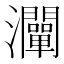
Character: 灛